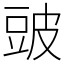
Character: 䜵